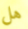
هل